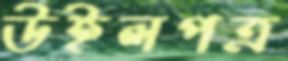
উইলপত্র